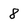
Character: 8